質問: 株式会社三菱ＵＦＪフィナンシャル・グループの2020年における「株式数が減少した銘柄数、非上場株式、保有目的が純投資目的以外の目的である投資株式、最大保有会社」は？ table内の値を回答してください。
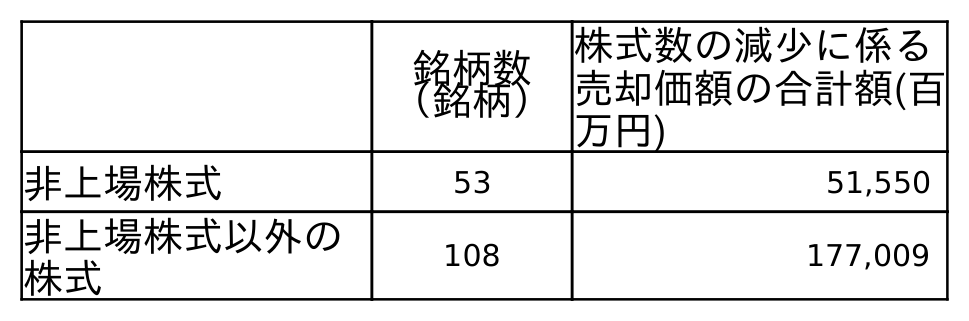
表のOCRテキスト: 銘柄数 （銘柄） 株式数の減少に係る 売却価額の合計額(百 万円) 非上場株式 53 51,550 非上場株式以外の 株式 108 177,009
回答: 53